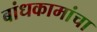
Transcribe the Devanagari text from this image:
बांधकामांचा